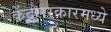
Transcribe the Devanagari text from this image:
केंद्रसरकारमध्ये